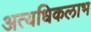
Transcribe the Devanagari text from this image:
अत्यधिकलाभ